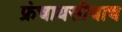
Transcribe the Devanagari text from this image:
फ्रंचायसीचाच